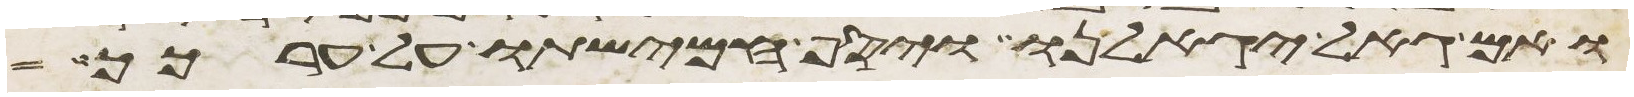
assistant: ואם גאל יגאלנו ויסף חמישתו על ערכך